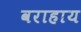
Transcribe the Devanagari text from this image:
वराहाय